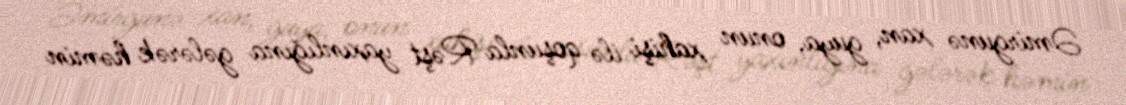
Əmirgunə xan, guya, onun xahişi ilə qoşunla Rəşt yaxınlığına gələrək həmin